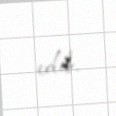
edib.